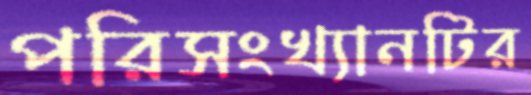
পরিসংখ্যানটির